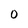
Character: 0